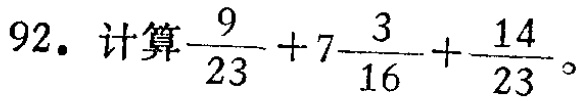
$92.\ 计算\frac{9}{23}+7\frac{3}{16}+\frac{14}{23}。$